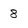
Character: 8